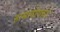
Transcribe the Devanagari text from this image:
हामलोगचा